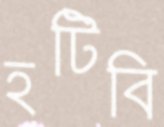
হটিবি